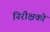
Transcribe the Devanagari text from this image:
निरीक्षको